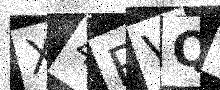
Text: X4RVQH